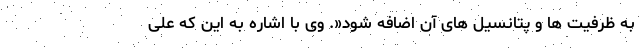
به ظرفیت ها و پتانسیل های آن اضافه شود«. وی با اشاره به این که علی